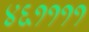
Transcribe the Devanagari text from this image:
४६११११